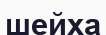
шейха